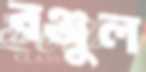
বঞ্জুল